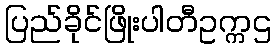
ပြည်ခိုင်ဖြိုးပါတီဥက္ကဌ